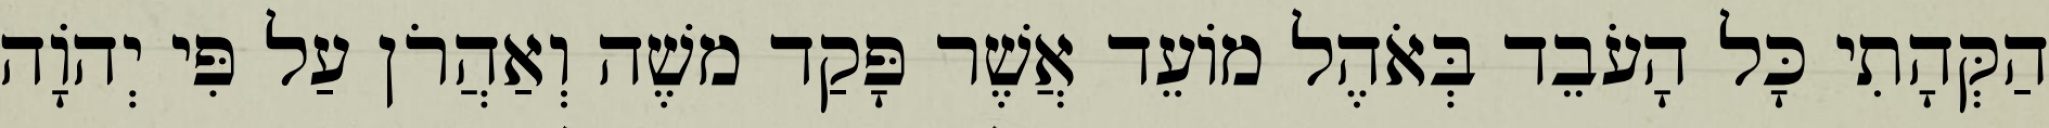
הַקְּהָתִי כָּל הָעֹבֵד בְּאֹהֶל מוֹעֵד אֲשֶׁר פָּקַד משֶׁה וְאַהֲרֹן עַל פִּי יְהוָֹה